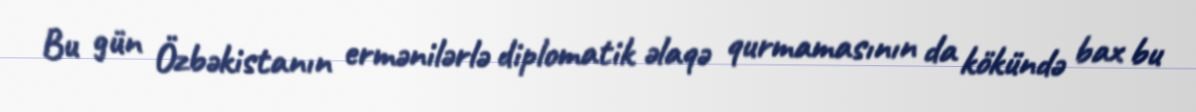
Bu gün Özbəkistanın ermənilərlə diplomatik əlaqə qurmamasının da kökündə bax bu